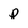
Character: p